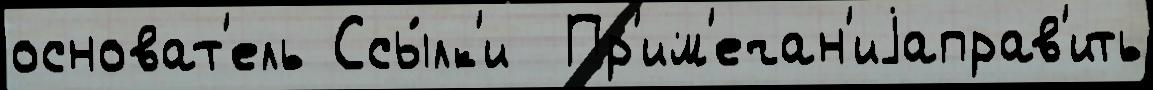
основат'ель Ссы́лк'и  Пр'им'ечан'иjаправ'ить